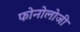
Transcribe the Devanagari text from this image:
फोनोलोजी